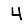
Digit: 4